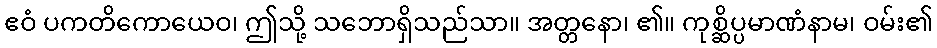
ဧဝံ ပကတိကောယေဝ၊ ဤသို့ သဘောရှိသည်သာ။ အတ္တနော၊ ၏။ ကုစ္ဆိပ္ပမာဏံနာမ၊ ဝမ်း၏